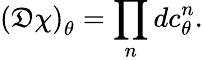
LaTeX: \left({\cal\mathfrak{D}}\chi\right)_{\theta}=\prod_{n}dc_{\theta}^{n}.